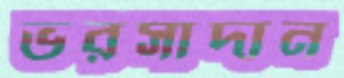
ভরসাদান